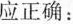
应正确：